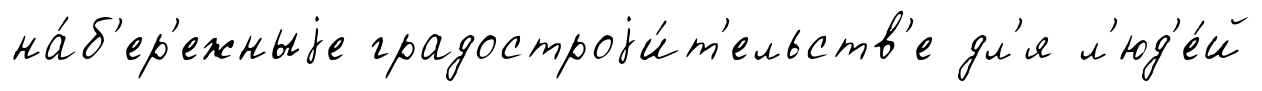
на́б'ер'ежныjе градостроjи́т'ельств'е дл'я л'юд'е́й